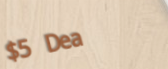
$5 Deal